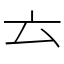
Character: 𠫓